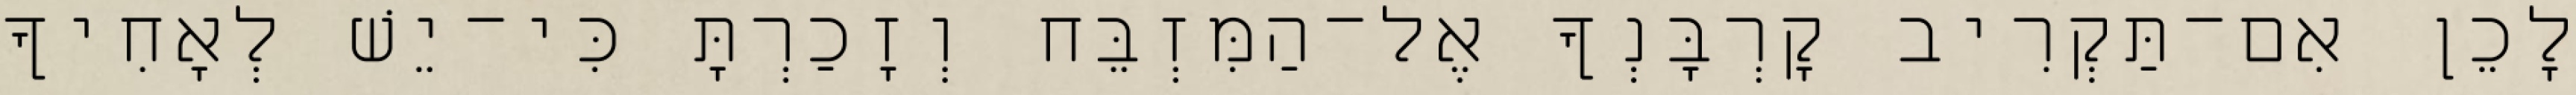
לָכֵן אִם־תַּקְרִיב קָרְבָּנְךָ אֶל־הַמִּזְבֵּח וְזָכַרְתָּ כִּי־יֵשׁ לְאָחִיךָ